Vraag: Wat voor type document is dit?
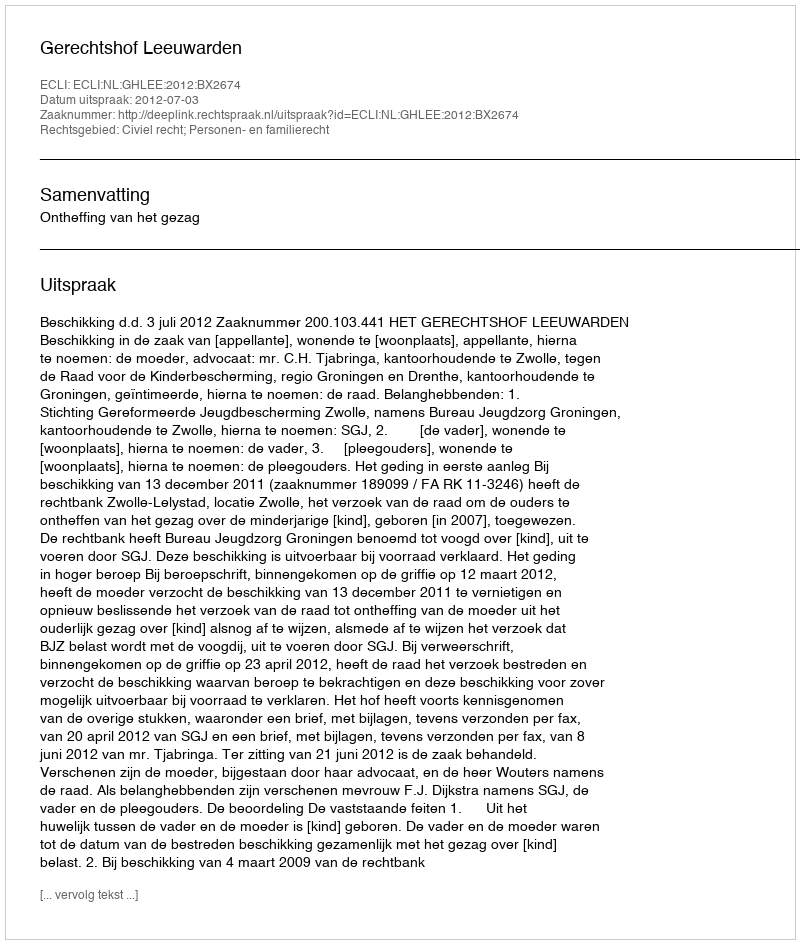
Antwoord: Uitspraak